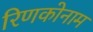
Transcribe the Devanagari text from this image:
रिणकोनाम